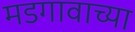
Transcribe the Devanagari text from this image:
मडगावाच्या